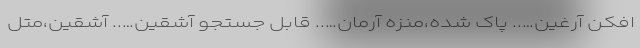
افکن آرغین….. پاک شده،منزه آرمان….. قابل جستجو آشقین….. آشقین،متل